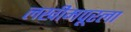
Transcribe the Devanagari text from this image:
लखीमपूरला